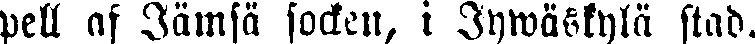
pell af Jämsä socken, i Jywäskylä stad.